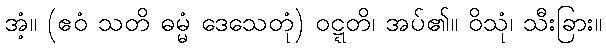
အံ့။ (ဧဝံ သတိ ဓမ္မံ ဒေသေတုံ) ဝဋ္ဋတိ၊ အပ်၏။ ဝိသုံ၊ သီးခြား။